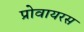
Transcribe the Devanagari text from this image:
प्रोवायरस